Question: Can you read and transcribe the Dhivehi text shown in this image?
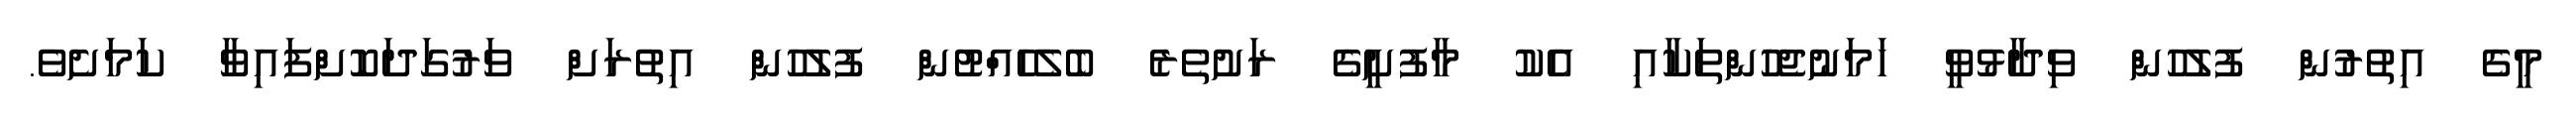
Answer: މީގެ އިތުރުން ފުލުހުން ވިދާޅުވީ ހަމަނުޖެހުންތަކާއި އެކު މާފުށީގެ ރަށުތެރެ ބެލެހެއްޓުން ފުލުހުން އިތުރަށް ވަރުގަދަކޮށްފައިވާ ކަމަށެވެ.